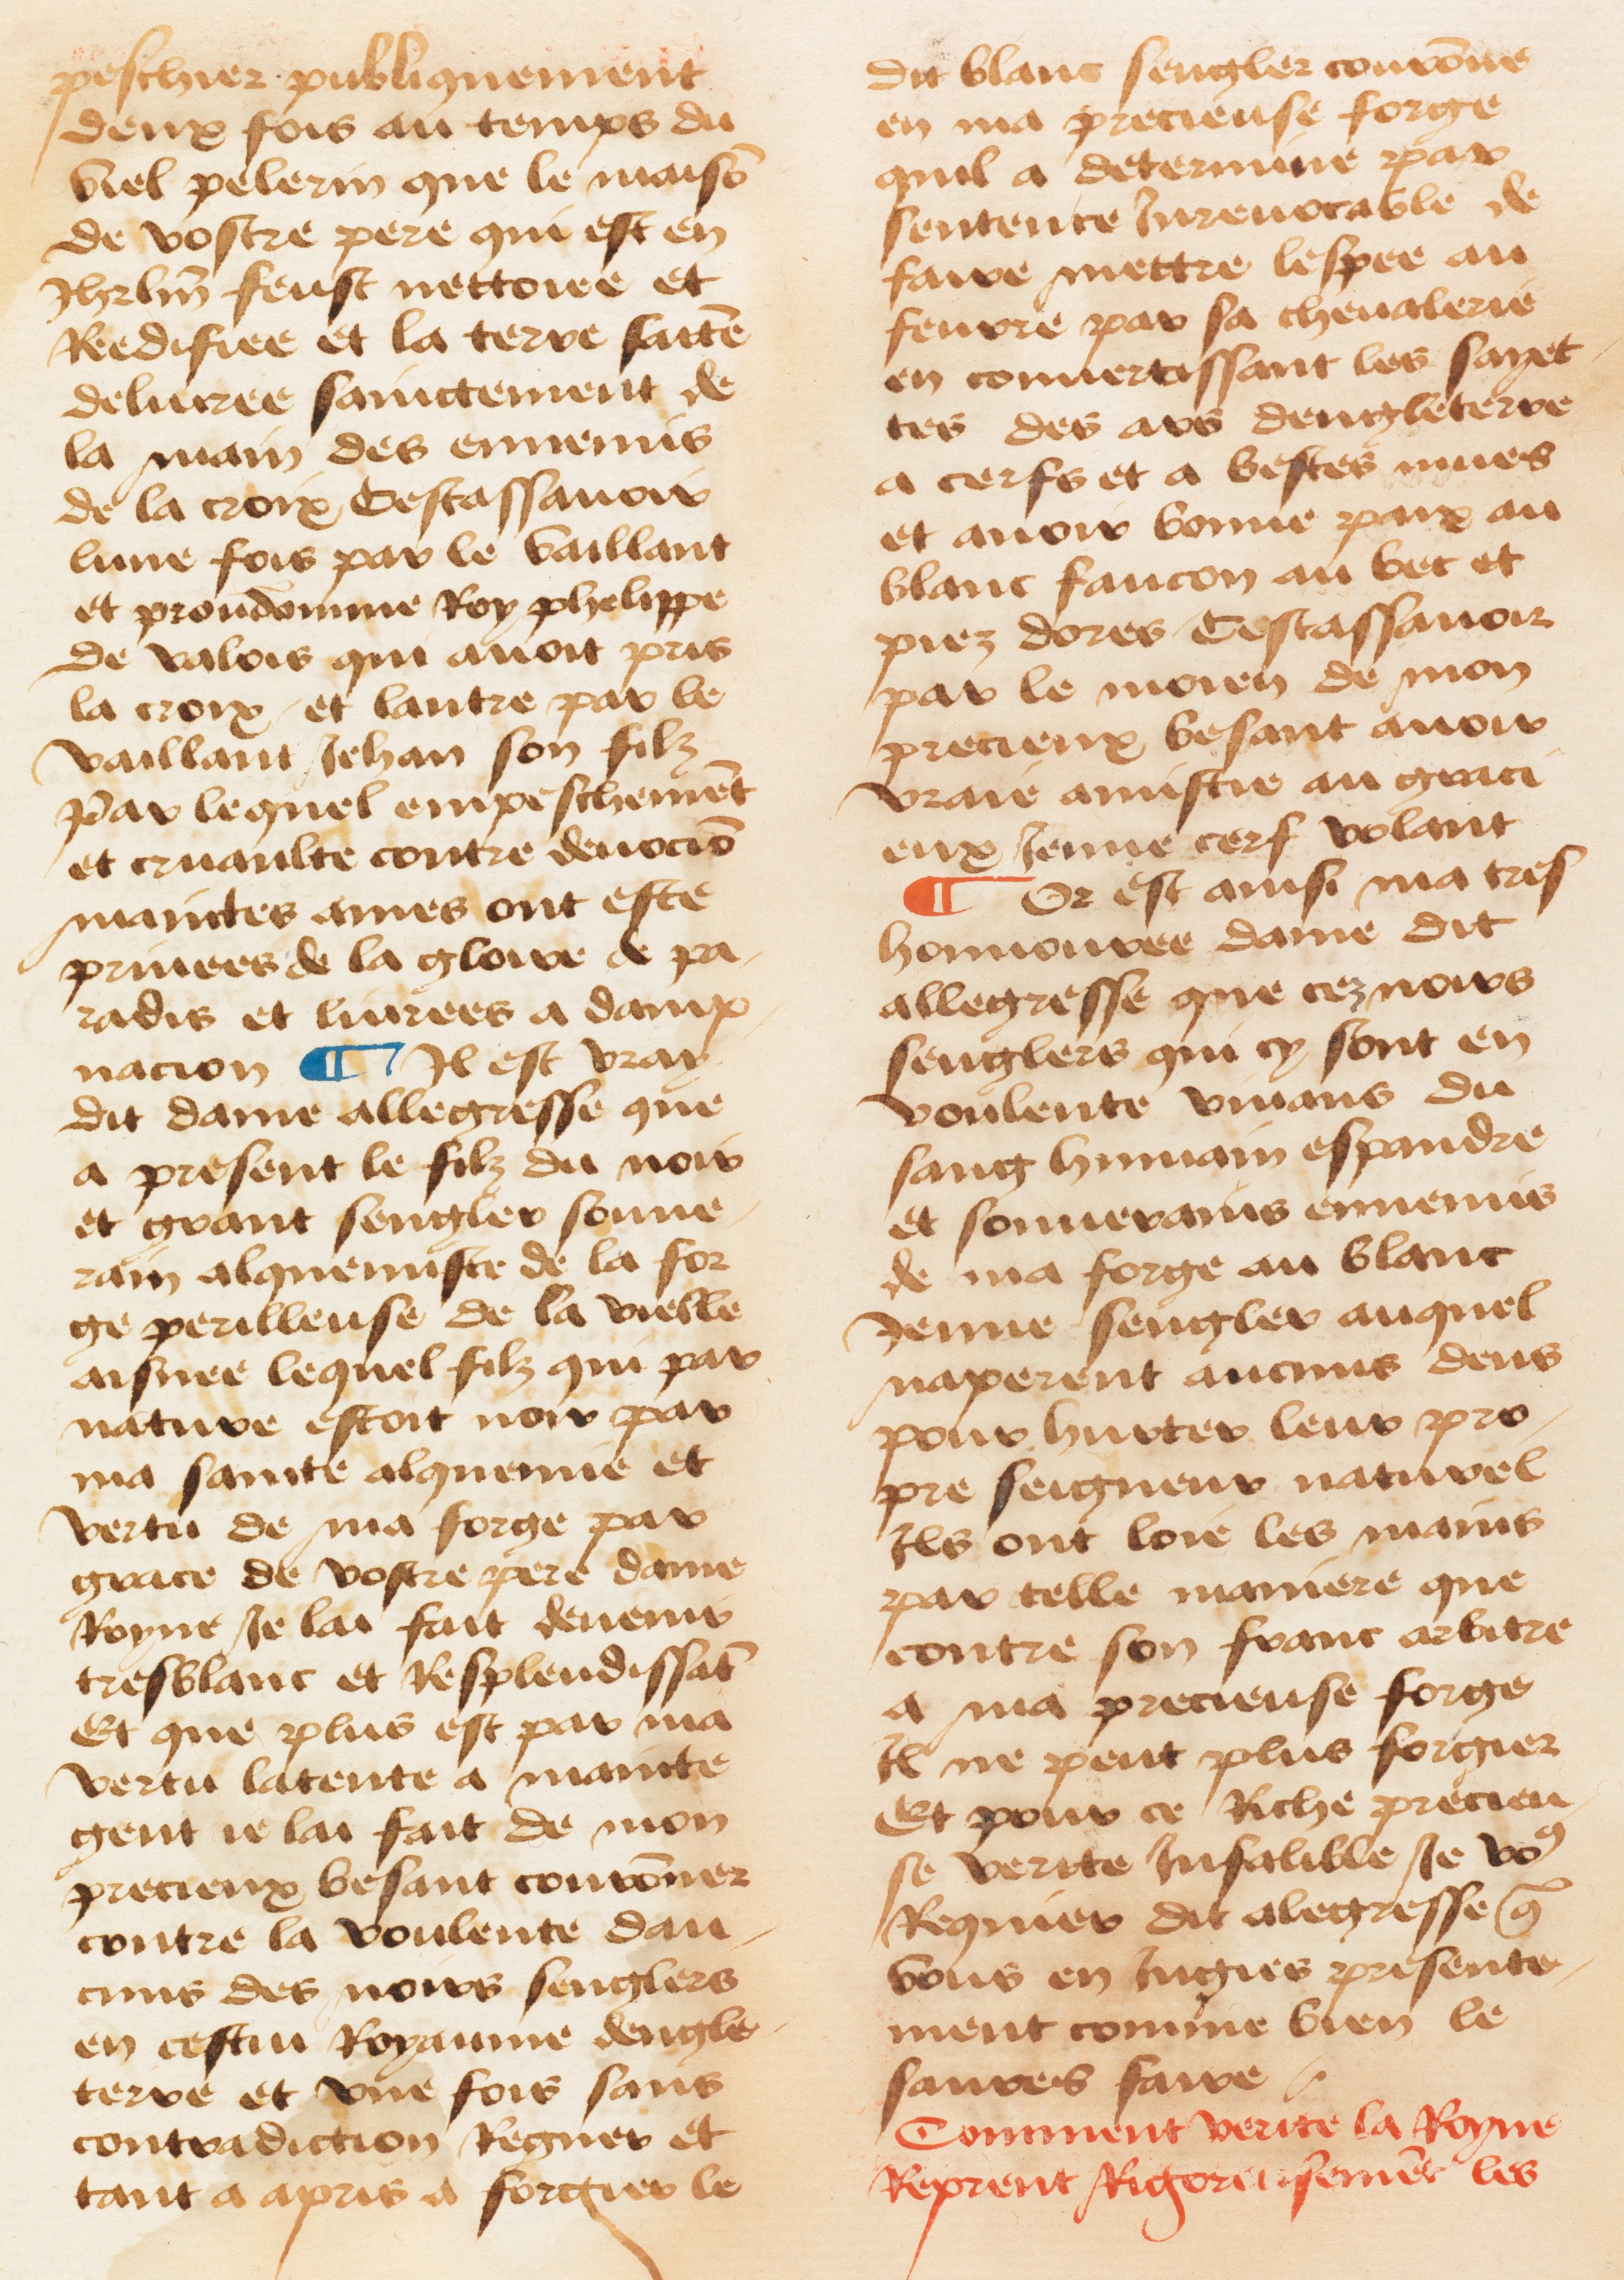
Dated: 1460–1470